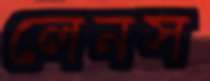
লেনস